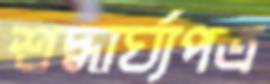
শ্রদ্ধার্ঘ্যপত্র